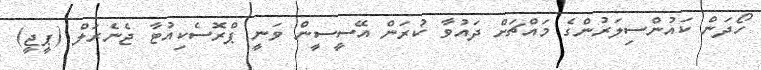
ހޯދަން ކައުންސިލަރުންގެ މައްޗަށް ދައުވާ ކުރަން އޭސީސީން ވަނީ ޕްރޮސެކިއުޓާ ޖެނެރަލް (ޕީޖީ)